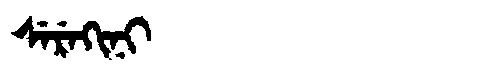
Manchu: ᠰᡝᡵᡝᡴᡳᠨᡳ
Romanization: SEREKINI